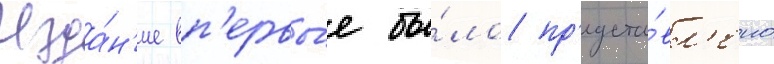
Изда́н'ие вп'ервы́е бы́ло пр'едста́вл'ено